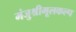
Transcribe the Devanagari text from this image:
मंजुश्रीमूलकल्प